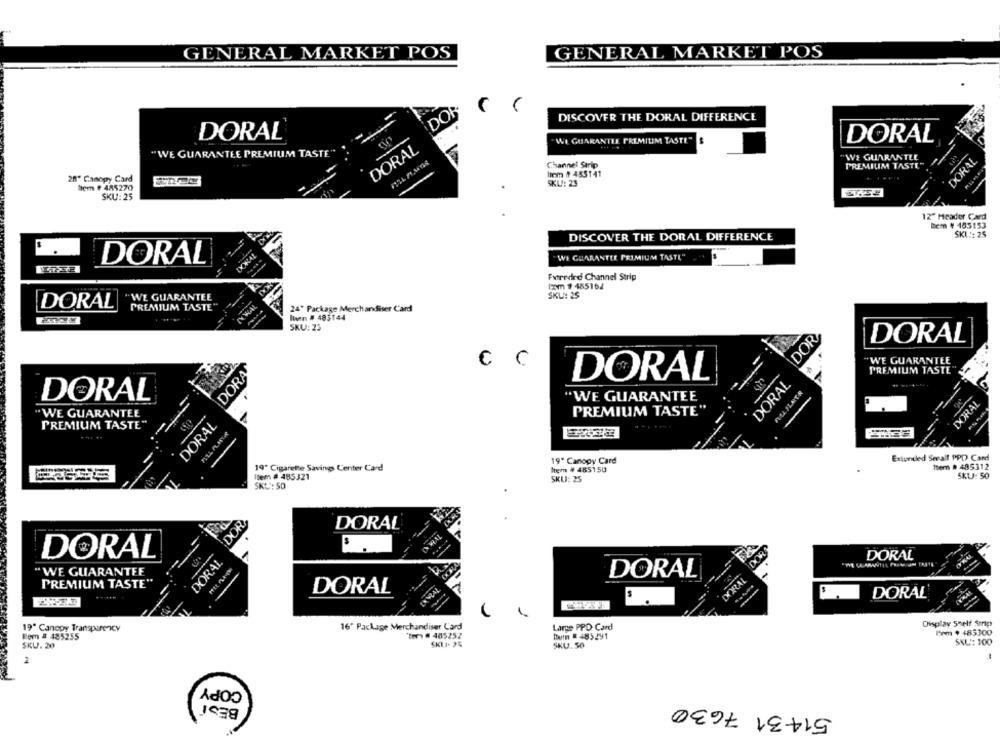
GENERAL MARKET POS
GENERAL MARKET POS
DOR
DISCOVER THE DORAL DIFFERENCE
DORAL
WE GUARANTEE PREMIUM TASTE" $
DORAL
DORAL
"WE GUARANTEE PREMIUM TASTE"
DORAL
Channel Strip
WE GUARANTEE
PREMIUM TASTE"
20" Canopy Card
Item # 453141
tem # 485270
SKLA: 23
SKU: 25
12" Header Card
Rem ¥ 185153
DISCOVER THE DORAL DIFFERENCE
SKL :: 25
DORAL
DORAL
WE GUARANTEE PRIMIUM TASTE"
Fwtrevind Channel Strip
Iam # 455164
WE GUARANTEE
SKL: 25
DORAL
PREMIUM TASTE"
24' Package Merchandiser Card
Ivan # 485144
SKU: 23
DOR
DORAL
€ C
"WE GUARANTEE
DORA
PREMIUM TASTE
DORAL
DORAL
AU ILATR
DORAL
"WE GUARANTEE
DORAL
"WE GUARANTEE
PREMIUM TASTE"
DORAL
PREMIUM TASTE"
19" Canopy Card
Extended Seeall PPD Card
19" Cigarette Savings Center Card
ftern # 485312
Item # 485150
SKU: 50
Item # 485321
SKU: 25
SKU: SO
DOR,
DORAL
DORAL
DORAL
DORAL
"WE GUARANTEE
DORAL
KORRAL
PREMIUM TASTE"
DORAL
DORAL
Display Shelf Smrip
19" Canopy Transparency
16" Package Merchandiser Card
Large PPD Card
Dem $ 485300
Rem # 485255
"tor) # 485252
Humm # 485291
SKU. 20
SKLI- 25
SKU.50
SKU: 100
2
COPY
BESÍ
51431 7630